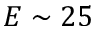
E \sim 2 5